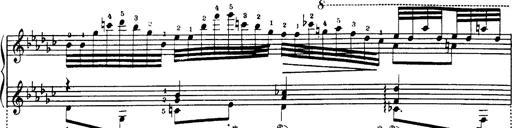
Title: Danza sacra e duetto finale dâ€™Aida
Composer: Franz Liszt